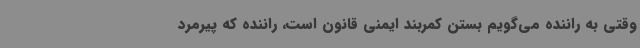
وقتی به راننده می‌گویم بستن کمربند ایمنی قانون است، راننده که پیرمرد